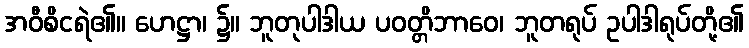
အဝီစိငရဲ၏။ ဟေဋ္ဌာ၊ ၌။ ဘူတုပါဒါယ ပဝတ္တိဘာဝေ၊ ဘူတရုပ် ဥပါဒါရုပ်တို့၏